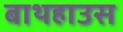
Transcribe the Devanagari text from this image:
बाथहाउस